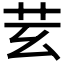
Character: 𦬜